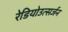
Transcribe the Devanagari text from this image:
रेडियोउत्सर्जन